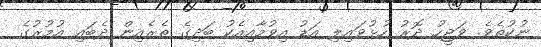
ނުކުތެވެ. ވަޖީހު ދޮރު ހުޅުވައިލި އަޑު އިވުމާއިއެކު ބަދިގެ ތެރެއިން ދެބައި އުމުރުގެ